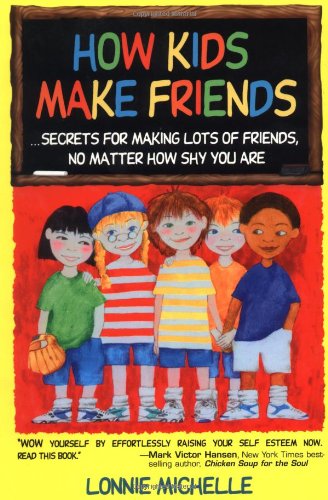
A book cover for How Kids Make Friends: Secrets for Making Lots of Friends No Matter How Shy You Are; Lonnie Michelle; Self-Help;